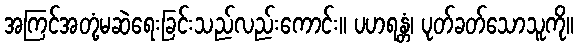
အကြင်အတုံ့မဆဲရေးခြင်းသည်လည်းကောင်း။ ပဟရန္တံ၊ ပုတ်ခတ်သောသူကို။